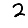
Digit: 2